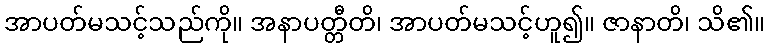
အာပတ်မသင့်သည်ကို။ အနာပတ္တီတိ၊ အာပတ်မသင့်ဟူ၍။ ဇာနာတိ၊ သိ၏။